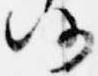
仍